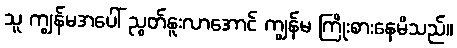
သူ ကျွန်မအပေါ် ညွတ်နူးလာအောင် ကျွန်မ ကြိုးစားနေမိသည်။